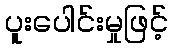
ပူးပေါင်းမှုဖြင့်